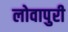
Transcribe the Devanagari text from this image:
लोवापुरी